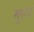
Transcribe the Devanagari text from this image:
खूपश्या